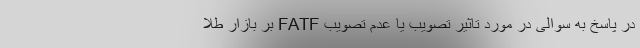
در پاسخ به سوالی در مورد تاثیر تصویب یا عدم تصویب FATF بر بازار طلا